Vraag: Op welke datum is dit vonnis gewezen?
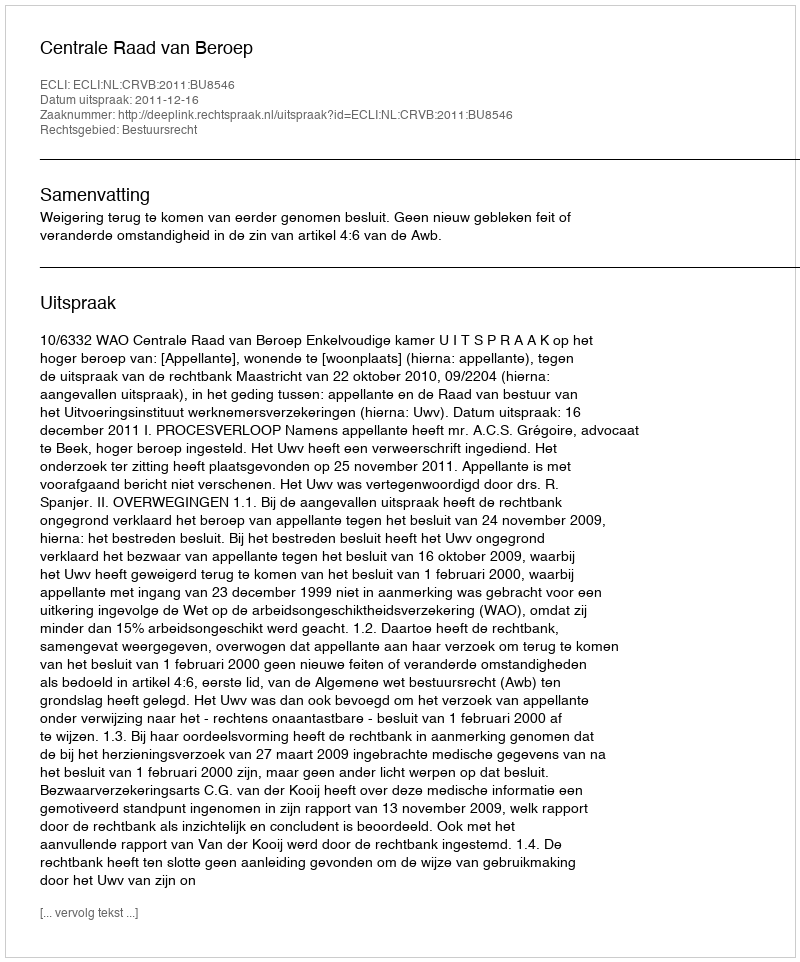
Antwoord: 2011-12-16